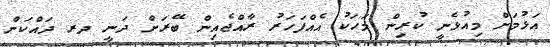
އަޅުމަށް މިއުޅެނީ ކުރިން މަހަކު އެއްފަހަރު ރާއްޖެއިން ބޭރަށް ދަނީ ދރ ދައްކަން